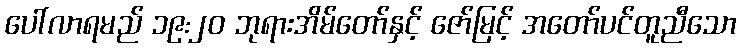
ပေါ်လာရမည် ၁၉:၂၀ ဘုရားအိမ်တော်နှင့် ဇော်မြင့် အတော်ပင်တူညီသော